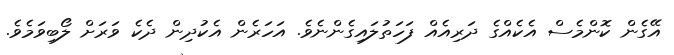
އޭގެން ކޮންމެސް އެކެއްގެ ދަރިއެއް ފަހަތުލައިގެންނެވެ. އަހަރެން އެކުދިން ދެކެ ވަރަށް ލޯބިވަމެވެ.